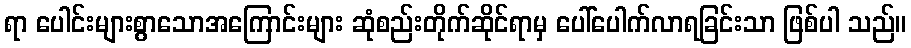
ရာ ပေါင်းများစွာသောအကြောင်းများ ဆုံစည်းတိုက်ဆိုင်ရာမှ ပေါ်ပေါက်လာရခြင်းသာ ဖြစ်ပါ သည်။